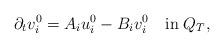
LaTeX: \begin{align*}{\displaystyle \partial_{t}v_{i}^{0}=A_{i}u_{i}^{0}-B_{i}v_{i}^{0}}\quad\mbox{in}\;Q_{T},\end{align*}